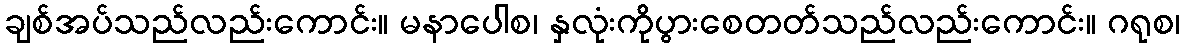
ချစ်အပ်သည်လည်းကောင်း။ မနာပေါစ၊ နှလုံးကိုပွားစေတတ်သည်လည်းကောင်း။ ဂရုစ၊